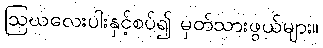
ဩဃလေးပါးနှင့်စပ်၍ မှတ်သားဖွယ်များ။